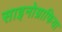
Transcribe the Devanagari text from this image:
साइनोग्राफिया